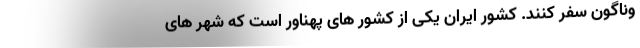
وناگون سفر کنند. کشور ایران یکی از کشور های پهناور است که شهر های